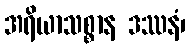
အရိယာသစ္စာန ဒဿနံ၊